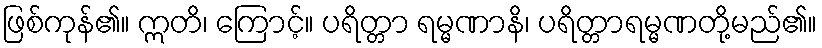
ဖြစ်ကုန်၏။ ဣတိ၊ ကြောင့်။ ပရိတ္တာ ရမ္မဏာနိ၊ ပရိတ္တာရမ္မဏတို့မည်၏။